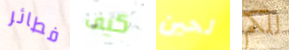
فطائر كيف لحين للكم